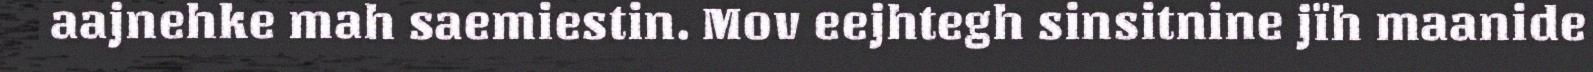
aajnehke mah saemiestin. Mov eejhtegh sinsitnine jïh maanide